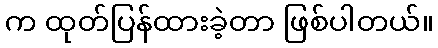
က ထုတ်ပြန်ထားခဲ့တာ ဖြစ်ပါတယ်။